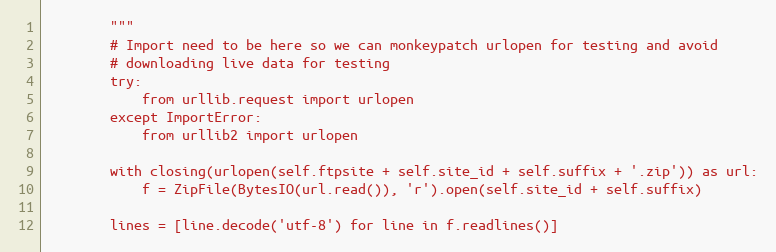
Language: Python
        """
        # Import need to be here so we can monkeypatch urlopen for testing and avoid
        # downloading live data for testing
        try:
            from urllib.request import urlopen
        except ImportError:
            from urllib2 import urlopen

        with closing(urlopen(self.ftpsite + self.site_id + self.suffix + '.zip')) as url:
            f = ZipFile(BytesIO(url.read()), 'r').open(self.site_id + self.suffix)

        lines = [line.decode('utf-8') for line in f.readlines()]